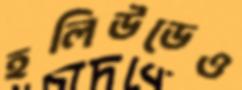
হলিউডেও